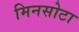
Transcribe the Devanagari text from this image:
मिनसोटा